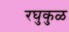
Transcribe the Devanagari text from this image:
रघुकुळ